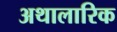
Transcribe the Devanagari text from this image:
अथालारिक